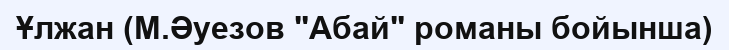
Ұлжан (М.Əуезов "Абай" романы бойынша)